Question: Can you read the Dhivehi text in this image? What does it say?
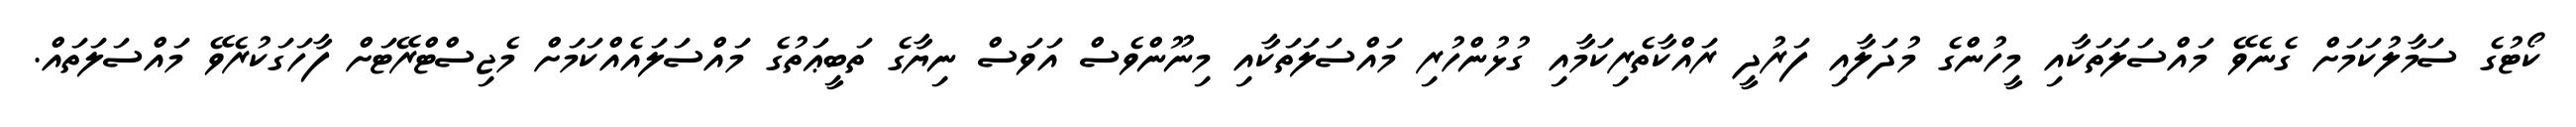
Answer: ކޯޓުގެ ސަމާލުކަމަށް ގެނެވޭ މައްސަލަތަކާއި މީހުންގެ މުދަލާއި ފަރުދީ ރައްކާތެރިކަމާއި ގުޅުންހުރި މައްސަލަތަކާއި މިނޫންވެސް އަވަސް ނިޔާގެ ތަބީޢަތުގެ މައްސަލައެއްކަމަށް މެޖިސްޓްރޭޓަށް ފާހަގަކުރެވޭ މައްސަލަތައް.